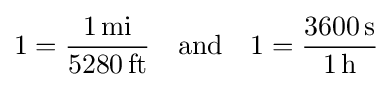
1={\frac {1\,\mathrm {mi} }{5280\,\mathrm {ft} }}\quad \mathrm {and} \quad 1={\frac {3600\,\mathrm {s} }{1\,\mathrm {h} }}